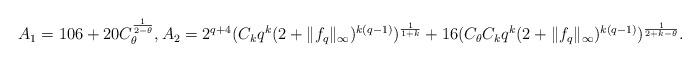
LaTeX: \begin{align*}A_1=106+20C_{\theta}^{\frac{1}{2-\theta}}, A_2=2^{q+4}(C_kq^k(2+\|f_q\|_\infty)^{k(q-1)})^{\frac{1}{1+k}}+16(C_{\theta}C_kq^k(2+\|f_q\|_\infty)^{k(q-1)})^{\frac{1}{2+k-\theta}}.\\ \end{align*}